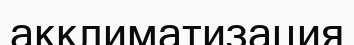
акклиматизация